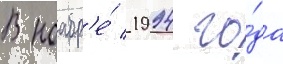
В ноабр'е́ 1994 го́да